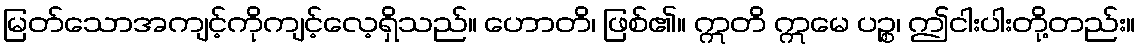
မြတ်သောအကျင့်ကိုကျင့်လေ့ရှိသည်။ ဟောတိ၊ ဖြစ်၏။ ဣတိ ဣမေ ပဉ္စ၊ ဤငါးပါးတို့တည်း။